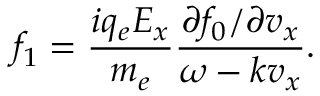
f _ { 1 } = \frac { i q _ { e } E _ { x } } { m _ { e } } \frac { \partial f _ { 0 } / \partial v _ { x } } { \omega - k v _ { x } } .